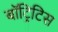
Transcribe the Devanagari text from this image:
बॉट्रिटिस